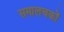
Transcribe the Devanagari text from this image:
समालचकों